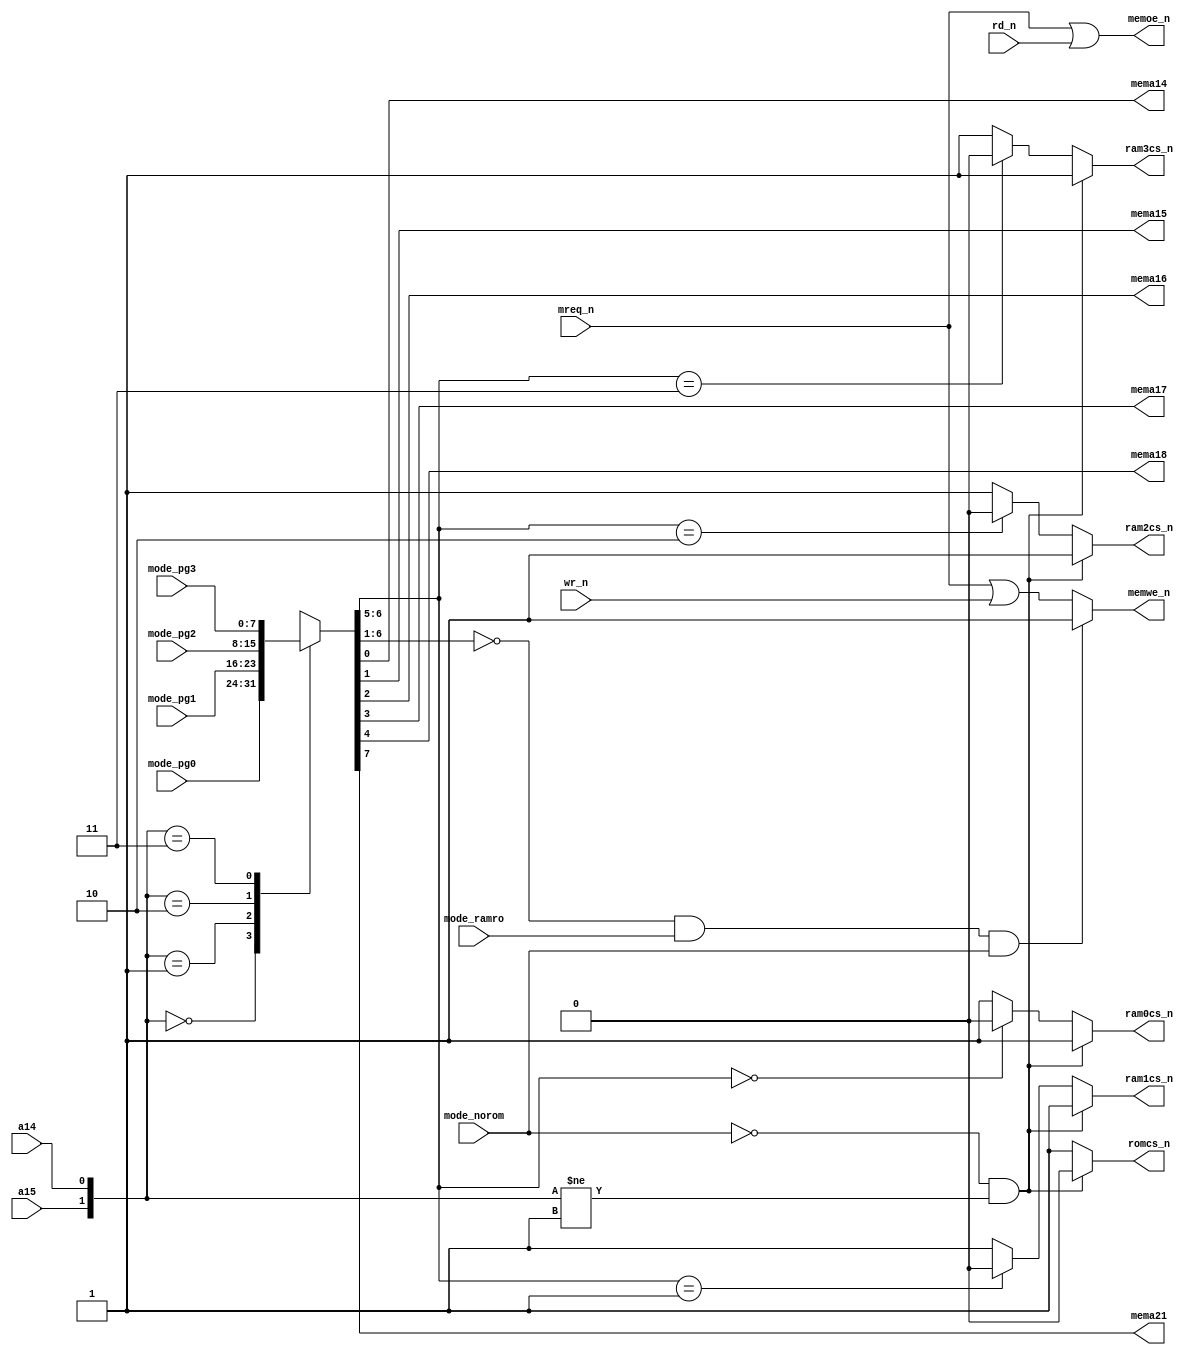
module memmap(

	a15,a14, // Z80 address signals

	mreq_n, // Z80 bus control signals
	rd_n,   //
	wr_n,   //

	mema14,mema15, // memory addresses
	mema16,mema17, //
	mema18,mema21, //

	ram0cs_n, // four RAM /CS'es
	ram1cs_n, //
	ram2cs_n, //
	ram3cs_n, // (total 512kb * 4 = 2Mb)

	romcs_n, // ROM (flash) /CS

	memoe_n, // memory /OE and /WE
	memwe_n, //

	mode_ramro, // 1 - zero page (32k) of ram is R/O
	mode_norom, // 0 - ROM instead of RAM at everything except $4000-$7FFF
	mode_pg0,   // page at $0000-$3FFF
	mode_pg1,   // page at $4000-$7FFF
	mode_pg2,   // page at $8000-$BFFF
	mode_pg3    // page at $C000-$FFFF
);

// inputs and outputs

	input a15,a14;

	input mreq_n,rd_n,wr_n;

	output reg mema14, mema15, mema16, mema17, mema18, mema21;

	output reg ram0cs_n,ram1cs_n,ram2cs_n,ram3cs_n;

	output reg romcs_n;

	output reg memoe_n,memwe_n;

	input mode_ramro,mode_norom;
	input [7:0] mode_pg0,mode_pg1,mode_pg2,mode_pg3;


// internal vars and regs

	reg [7:0] high_addr;



// addresses mapping

	always @*
	begin
        case( {a15,a14} )
			2'b00: // $0000-$3FFF
				high_addr <= mode_pg0;
			2'b01: // $4000-$7FFF
				high_addr <= mode_pg1;
			2'b10: // $8000-$BFFF
				high_addr <= mode_pg2;
			2'b11: // $C000-$FFFF
				high_addr <= mode_pg3;
        endcase
	end


// memory addresses

	always @*
	begin
		{ mema21, mema18, mema17, mema16, mema15, mema14 } <= { high_addr[7], high_addr[4:0] };
	end


// memory chip selects

	always @*
	begin
		if( (mode_norom==1'b0) && ( {a15,a14}!=2'b01 ) ) // ROM selected
		begin
			romcs_n <= 1'b0;

			ram0cs_n <= 1'b1;
			ram1cs_n <= 1'b1;
			ram2cs_n <= 1'b1;
			ram3cs_n <= 1'b1;
		end
		else // RAM
		begin
			romcs_n <= 1'b1;

			ram0cs_n <= ( high_addr[6:5]==2'b00 ) ? 1'b0 : 1'b1;
			ram1cs_n <= ( high_addr[6:5]==2'b01 ) ? 1'b0 : 1'b1;
			ram2cs_n <= ( high_addr[6:5]==2'b10 ) ? 1'b0 : 1'b1;
			ram3cs_n <= ( high_addr[6:5]==2'b11 ) ? 1'b0 : 1'b1;
		end
	end


// memory /OE and /WE

	always @*
	begin
		memoe_n <= mreq_n | rd_n;

		if( (high_addr[6:1] == 6'd0) && (mode_ramro==1'b1) && (mode_norom==1'b1) ) // R/O
			memwe_n <= 1'b1;
		else // no R/O
			memwe_n <= mreq_n | wr_n;
	end

endmodule